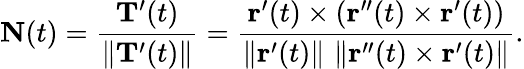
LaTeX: \mathbf{N}(t)={\frac{\mathbf{T}^{\prime}(t)}{\| \mathbf{T}^{\prime}(t)\| }}={\frac{\mathbf{r}^{\prime}(t)\times\left(\mathbf{r}^{\prime\prime}(t)\times\mathbf{r}^{\prime}(t)\right)}{\left\| \mathbf{r}^{\prime}(t)\right\| \, \left\| \mathbf{r}^{\prime\prime}(t)\times\mathbf{r}^{\prime}(t)\right\| }}.